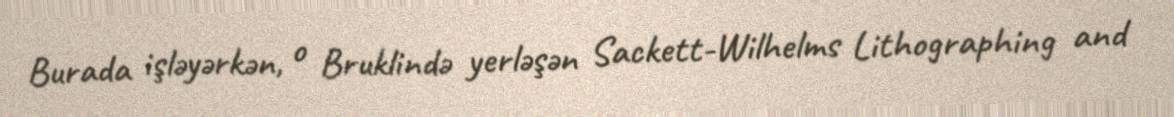
Burada işləyərkən, o Bruklində yerləşən Sackett-Wilhelms Lithographing and